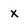
Character: x